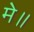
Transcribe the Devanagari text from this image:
मे॥